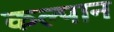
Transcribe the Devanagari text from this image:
कल्पान